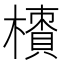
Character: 𣜇